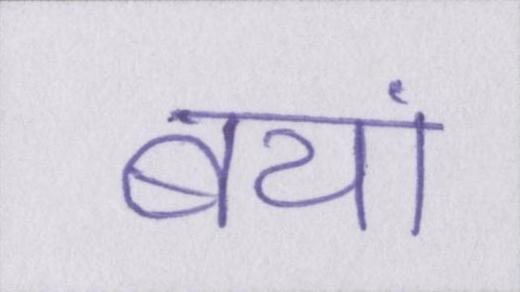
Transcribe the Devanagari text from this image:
बयां